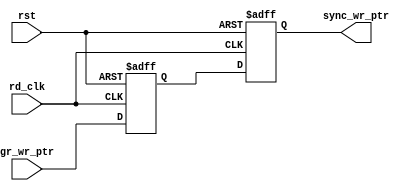
module sync_wr2rd #( parameter  ADDR = 4 ) 
(
    input  wire                 rd_clk      ,
    input  wire                 rst         ,
    
    input  wire  [ADDR   :0]    gr_wr_ptr   ,

    output reg   [ADDR   :0]    sync_wr_ptr 
);
    
    reg [ADDR :0]    wr_ptr_1 ;

always @(posedge rd_clk or negedge rst) begin
    if(!rst) begin
        wr_ptr_1    <= {ADDR+1{1'b0}} ;
        sync_wr_ptr <= {ADDR+1{1'b0}} ;
    end
    else begin
        wr_ptr_1    <= gr_wr_ptr ;
        sync_wr_ptr <= wr_ptr_1  ;
    end
end

endmodule